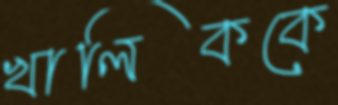
খালিককে